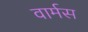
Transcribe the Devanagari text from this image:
वार्मस